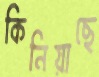
কিনিয়াছে